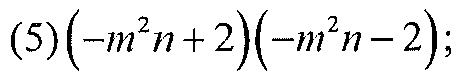
(5)\((-m^{2}n + 2)(-m^{2}n - 2)\);